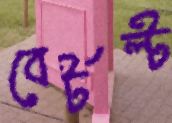
বের্টল্ট